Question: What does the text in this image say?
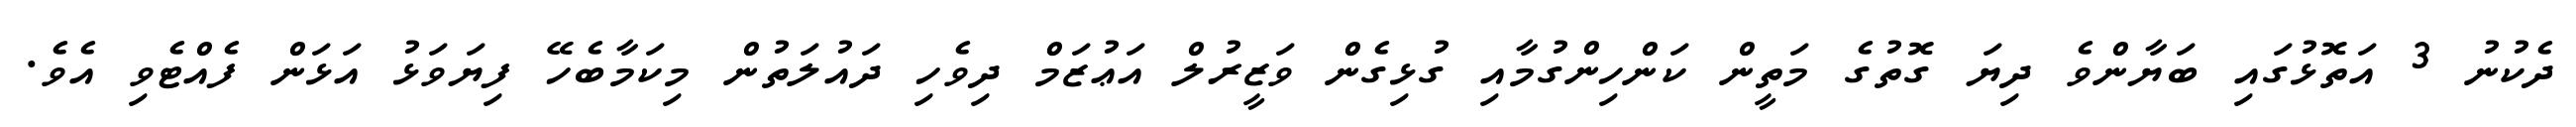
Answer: ދެކުނު 3 އަތޮޅުގައި ބަޔާންވެ ދިޔަ ގޮތުގެ މަތީން ކަންހިންގުމާއި ގުޅިގެން ވަޒީރުލް އަޢުޒަމް ދިވެހި ދައުލަތުން މިކަމާބެހޭ ފިޔަވަޅު އަޅަން ފެއްޓެވި އެވެ.